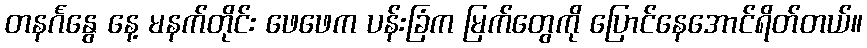
တနင်္ဂနွေ နေ့ မနက်တိုင်း ဖေဖေက ပန်းခြံက မြက်တွေကို ပြောင်နေအောင်ရိတ်တယ်။